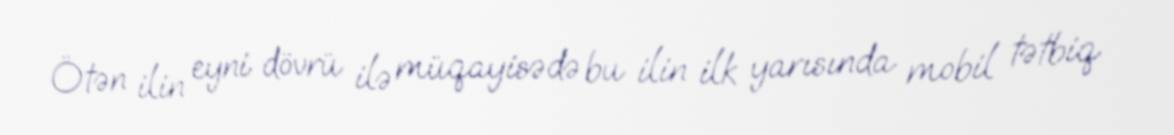
Ötən ilin eyni dövrü ilə müqayisədə bu ilin ilk yarısında mobil tətbiq